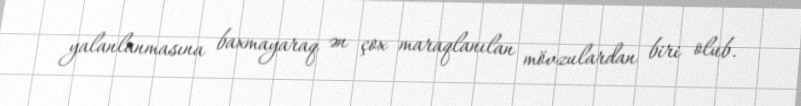
yalanlanmasına baxmayaraq ən çox maraqlanılan mövzulardan biri olub.